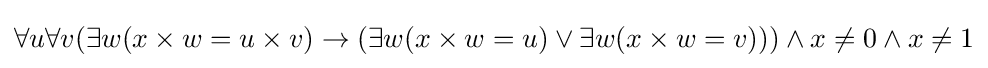
\forall u\forall v(\exists w(x\times w=u\times v)\rightarrow (\exists w(x\times w=u)\lor \exists w(x\times w=v)))\land x\neq 0\land x\neq 1